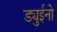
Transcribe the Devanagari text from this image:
ड्युईनो